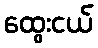
ထွေးငယ်